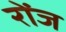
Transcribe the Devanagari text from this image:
रोंज